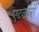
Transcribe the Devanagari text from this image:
एटनबरों